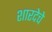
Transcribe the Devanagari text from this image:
शारदेचे